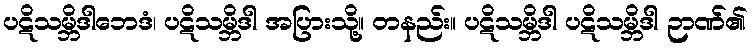
ပဋိသမ္ဘိဒါဘေဒံ၊ ပဋိသမ္ဘိဒါ အပြားသို့။ တနည်း။ ပဋိသမ္ဘိဒါ ပဋိသမ္ဘိဒါ ဉာဏ်၏